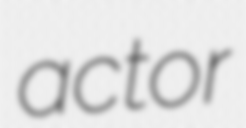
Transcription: actor